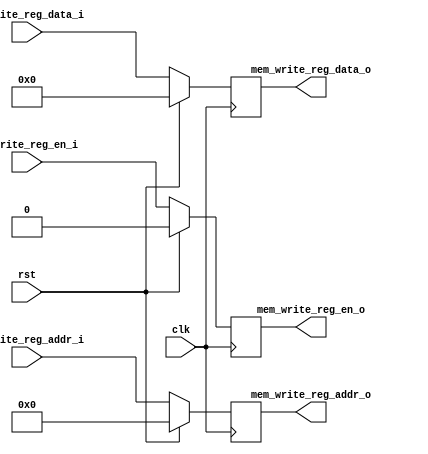
module ex_mem(
    input wire clk,
    input wire rst,
    input wire ex_write_reg_en_i,
    input wire [4:0] ex_write_reg_addr_i,
    input wire [31:0] ex_write_reg_data_i,

    output reg mem_write_reg_en_o,
    output reg [4:0] mem_write_reg_addr_o,
    output reg [31:0] mem_write_reg_data_o
);
    always @ (posedge clk) begin
        if(rst == 1'b1) begin
            mem_write_reg_en_o <= 1'b0;
            mem_write_reg_addr_o <= 5'b00000;
            mem_write_reg_data_o <= 32'h00000000;
        end else begin
            mem_write_reg_en_o <= ex_write_reg_en_i;
            mem_write_reg_addr_o <= ex_write_reg_addr_i;
            mem_write_reg_data_o <= ex_write_reg_data_i;
        end
    end
endmodule